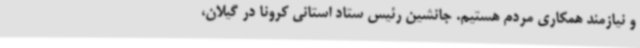
و نیازمند همکاری مردم هستیم. جانشین رئیس ستاد استانی کرونا در گیلان،